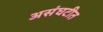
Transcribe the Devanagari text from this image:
असंघटीत